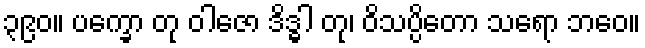
၃၉၀။ ပက္ခော တု ဝါဇော ဒိဒ္ဓါ တု၊ ဝိသပ္ပိတော သရော ဘဝေ။